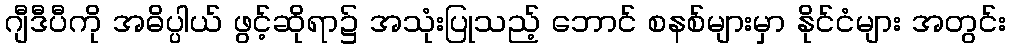
ဂျီဒီပီကို အဓိပ္ပါယ် ဖွင့်ဆိုရာ၌ အသုံးပြုသည့် ဘောင် စနစ်များမှာ နိုင်ငံများ အတွင်း